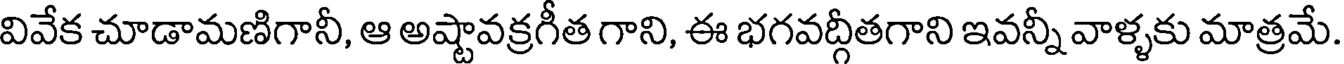
వివేక చూడామణిగానీ, ఆ అష్టావక్రగీత గాని, ఈ భగవద్గీతగాని ఇవన్నీ వాళ్ళకు మాత్రమే.